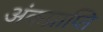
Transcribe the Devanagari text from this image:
अंकप्राप्ति